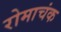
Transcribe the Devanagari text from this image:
रोमाचंक